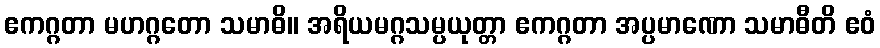
ဧကဂ္ဂတာ မဟဂ္ဂတော သမာဓိ။ အရိယမဂ္ဂသမ္ပယုတ္တာ ဧကဂ္ဂတာ အပ္ပမာဏော သမာဓီတိ ဧဝံ